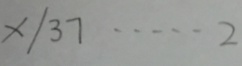
x / 3 7 \cdots 2